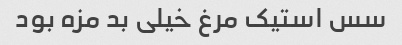
سس استیک مرغ خیلی بد مزه بود